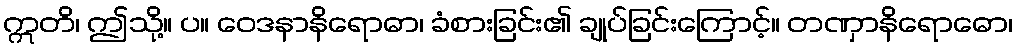
ဣတိ၊ ဤသို့။ ပ။ ဝေဒနာနိရောဓာ၊ ခံစားခြင်း၏ ချုပ်ခြင်းကြောင့်။ တဏှာနိရောဓော၊